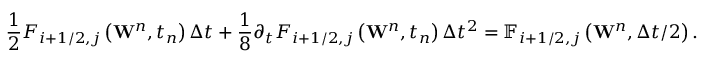
\frac { 1 } { 2 } { { F } _ { i + 1 / 2 , j } } \left( { { \mathbf { W } } ^ { n } } , { { t } _ { n } } \right) \Delta t + \frac { 1 } { 8 } { { \partial } _ { t } } { { F } _ { i + 1 / 2 , j } } \left( { { \mathbf { W } } ^ { n } } , { { t } _ { n } } \right) \Delta { { t } ^ { 2 } } = { { \mathbb { F } } _ { i + 1 / 2 , j } } \left( { { \mathbf { W } } ^ { n } } , \Delta t / 2 \right) .